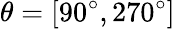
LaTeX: \theta=[90^{\circ},270^{\circ}]